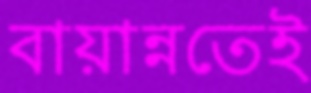
বায়ান্নতেই